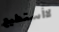
لاأستطيع